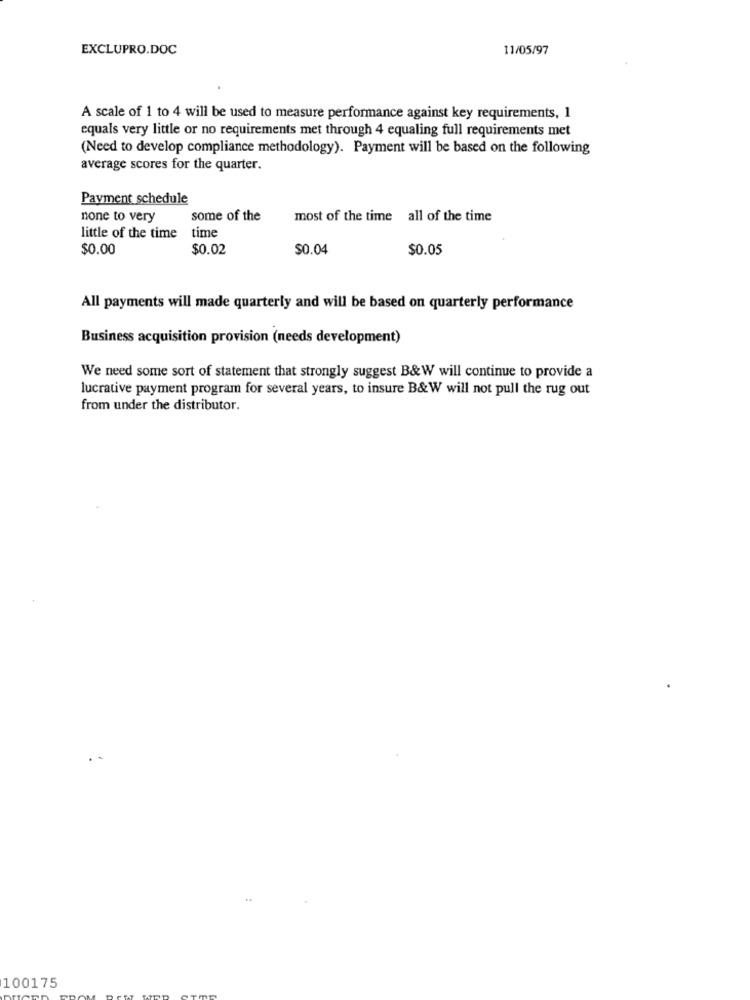
EXCLUPRO.DOC
11/05/97
A scale of 1 to 4 will be used to measure performance against key requirements, 1
equals very little or no requirements met through 4 equaling full requirements met
(Need to develop compliance methodology). Payment will be based on the following
average scores for the quarter.
Payment schedule
none to very
some of the
most of the time all of the time
little of the time time
$0.00
$0.02
$0.04
$0.05
All payments will made quarterly and will be based on quarterly performance
Business acquisition provision (needs development)
We need some sort of statement that strongly suggest B&W will continue to provide a
lucrative payment program for several years, to insure B&W will not pull the rug out
from under the distributor.
100175